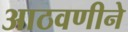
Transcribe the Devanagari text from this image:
आठवणीने